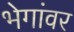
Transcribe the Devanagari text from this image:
भेगांवर